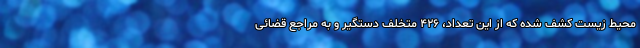
محیط‌ زیست کشف شده که از این تعداد، ۴۲۶ متخلف دستگیر و به مراجع قضائی